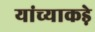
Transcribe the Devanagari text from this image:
यांच्याकड़े